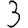
Digit: 3